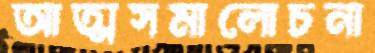
আত্মসমালোচনা